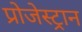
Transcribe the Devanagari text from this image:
प्रोजेस्ट्रान